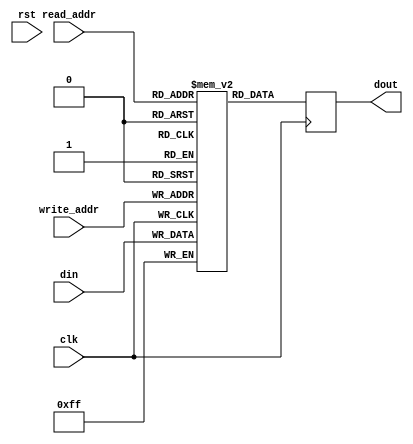
module dual_port_ram(
    input clk,
    input rst,
    input [WIDTH-1:0] write_addr,
    input [WIDTH-1:0] read_addr,
    input [LENGTH-1:0] din,
    output reg [LENGTH-1:0] dout
);

    // LENGTH: word length
    // WIDTH: addr width
    parameter WIDTH = 4;// 13
    parameter LENGTH = 8;// 12

    // regs as ram
    reg [LENGTH-1:0] ram [2**(WIDTH)-1:0];

    always @(posedge clk)begin

        ram[write_addr] <= din;
        // refresh_ram[write_addr] <= (din!=12'h000) ? 3'b0 : refresh_ram[write_addr] + 3'b1;
        // ram[write_addr] <= (din!=12'h000||refresh_ram[write_addr]==3'd7) ? din : ram[write_addr];
    end

    always @(posedge clk)begin
        dout <= ram[read_addr];// 12'hffff
    end

endmodule
module dual_port_ram(
//     input clk,
//     input rst,
//     input [WIDTH-1:0] write_addr,
//     input [WIDTH-1:0] read_addr,
//     input [LENGTH-1:0] din,
//     output [LENGTH-1:0] dout
// );

//     // LENGTH: word length
//     // WIDTH: addr width
//     parameter WIDTH = 4;
//     parameter LENGTH = 8;

//     // regs as ram
//     reg [LENGTH-1:0] ram [2**WIDTH-1:0];

//     // ram write
//     always @(posedge clk) begin
//         ram[write_addr] <= din;
//     end
//     // ram read
//     assign dout = ram[read_addr];

// endmodule